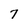
Character: 7